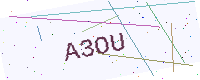
Text: A3OU